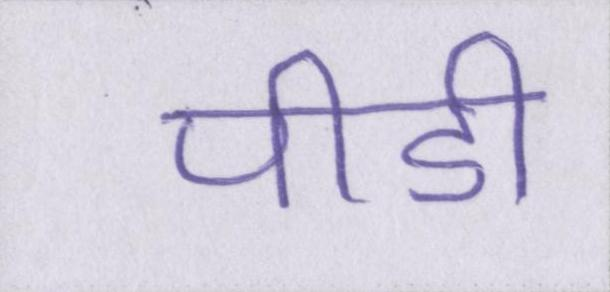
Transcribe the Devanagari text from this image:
पीडी